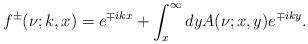
LaTeX: \begin{align*}f^{\pm}(\nu;k,x)=e^{\mp ikx}+\int_{x}^{\infty}dy A(\nu;x,y)e^{\mp iky}.\end{align*}